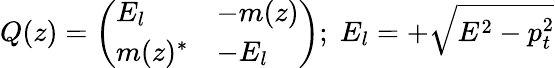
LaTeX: Q(z)=\left(\begin{array}{ll}{{E_{l}}}&{{-m(z)}}\\ {{m(z)^{\ast}}}&{{-E_{l}}}\end{array}\right);\; E_{l}=+\sqrt{E^{2}-p_{t}^{2}}